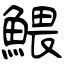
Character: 鰃